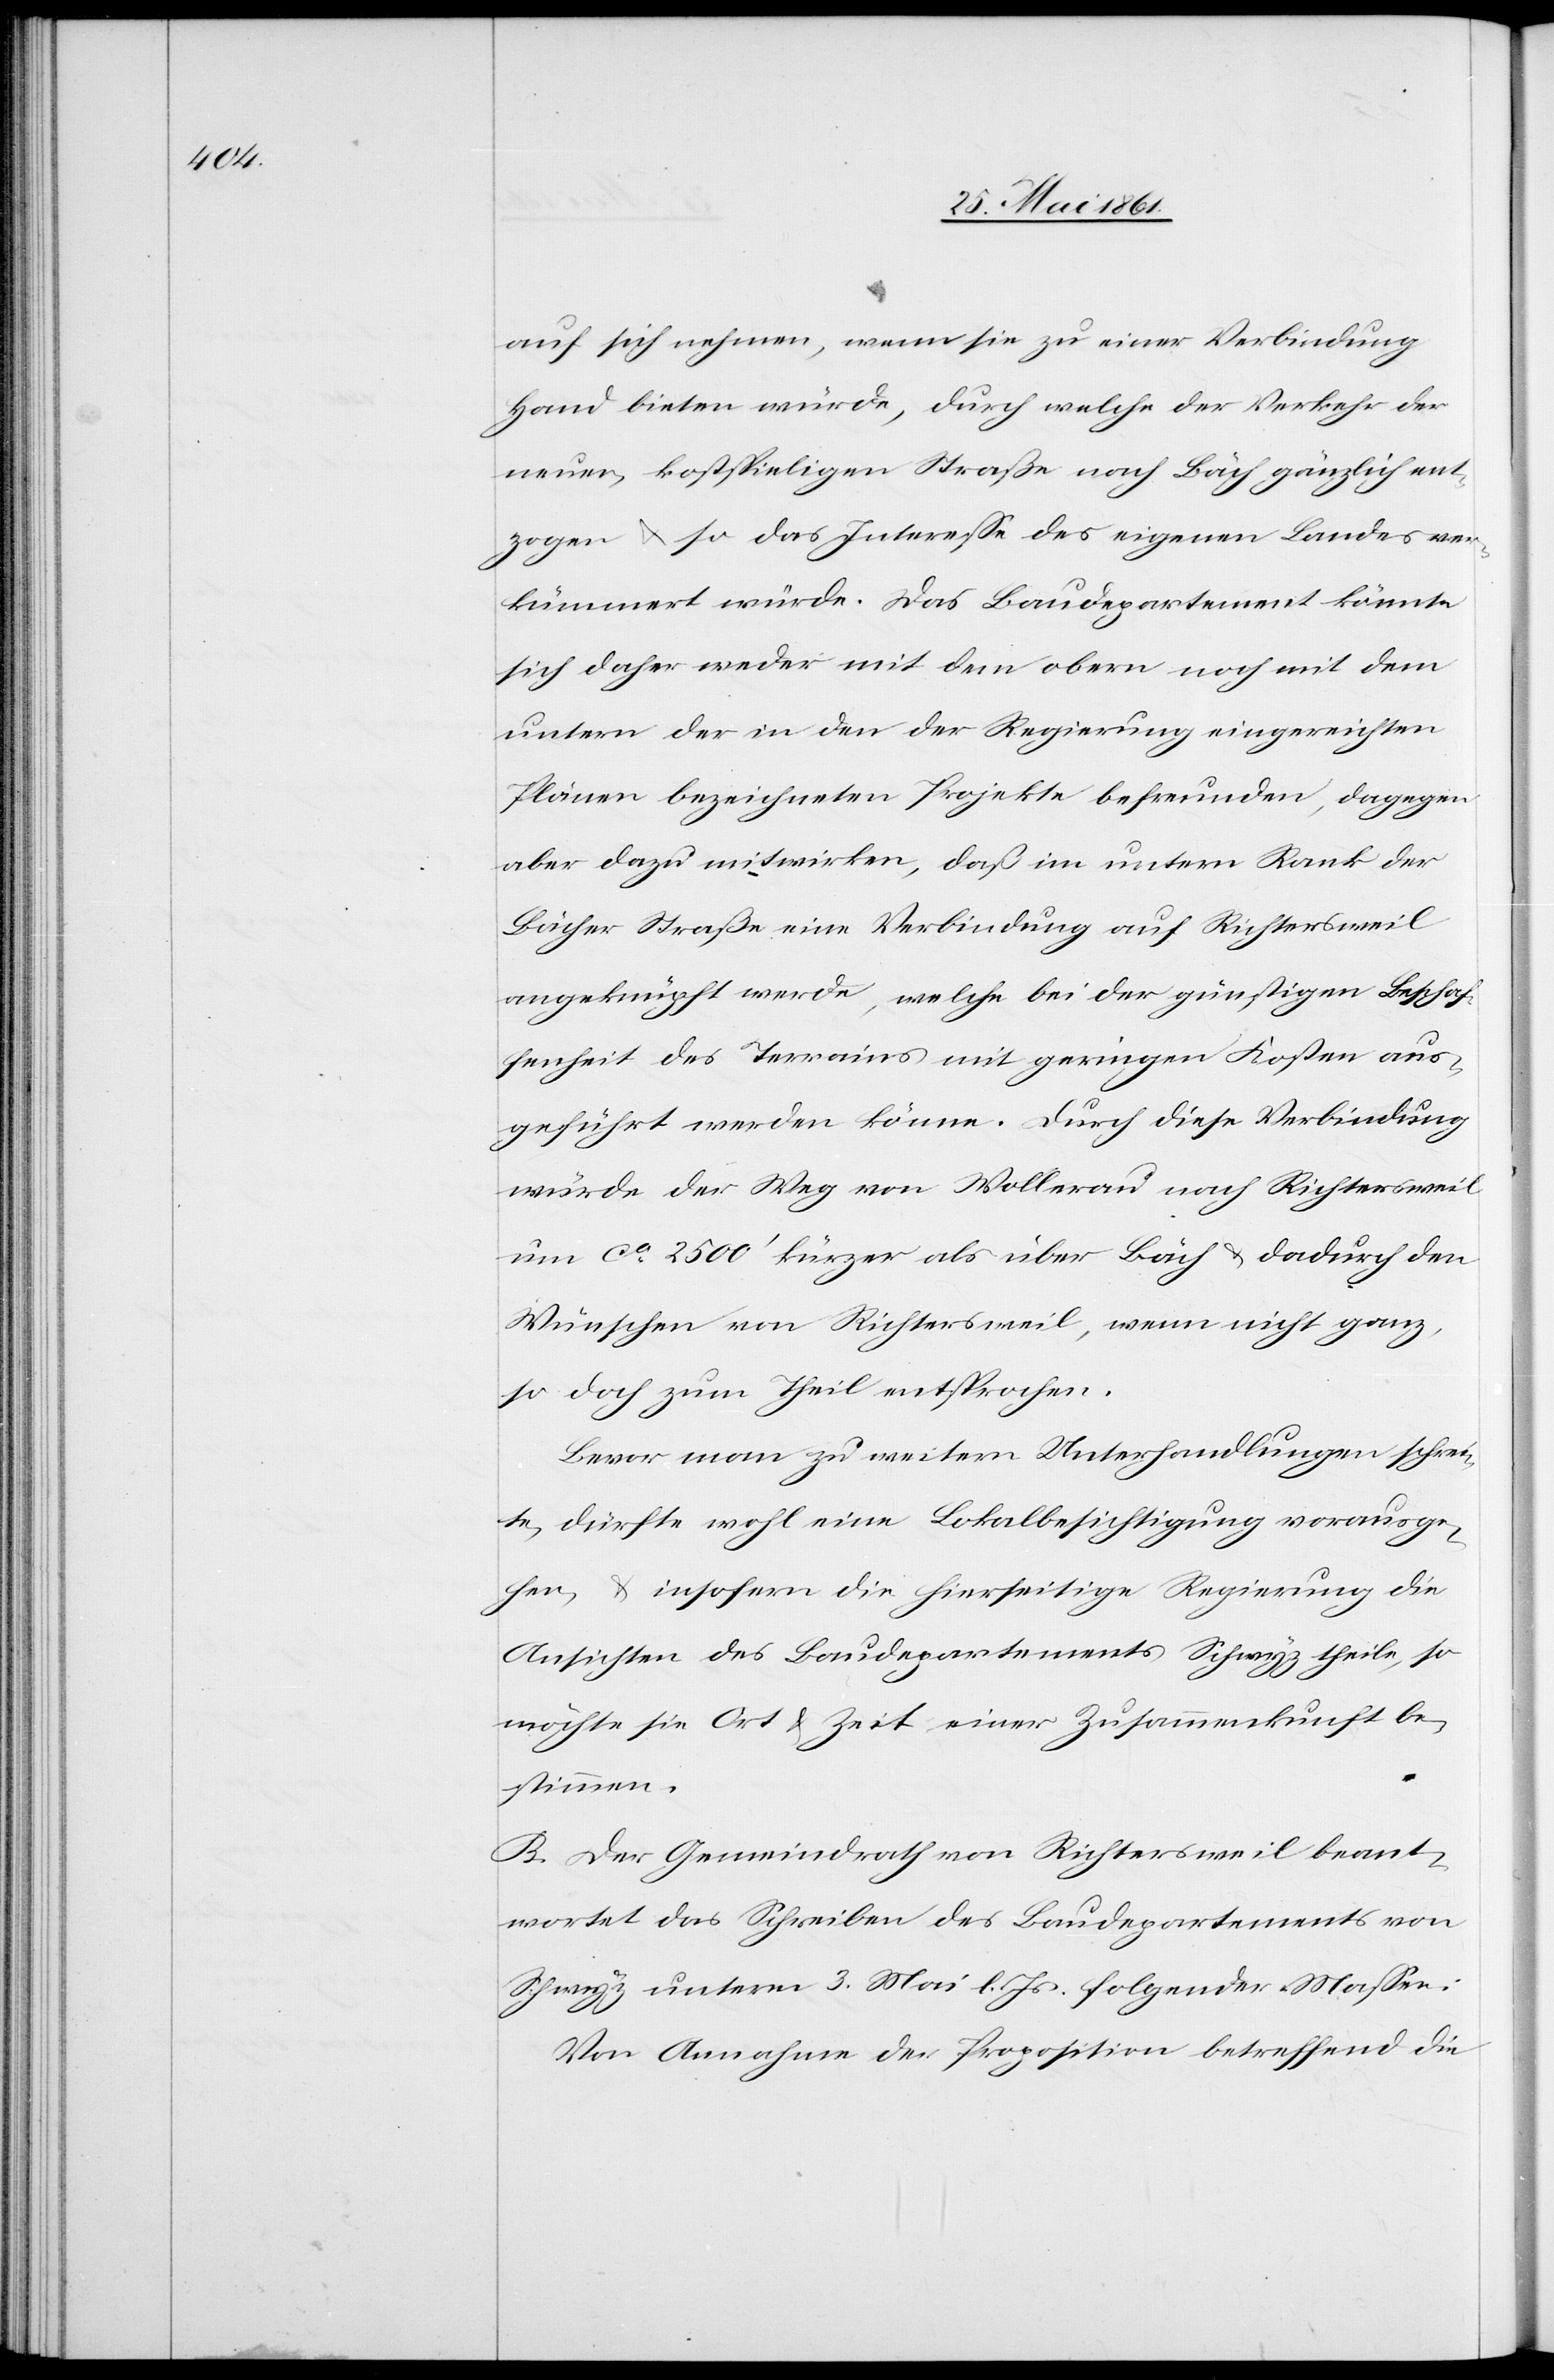
auf sich nehmen, wenn sie zu einer Verbindung
Hand bieten würde, durch welche der Verkehr der
neuen, kostspieligen Straße nach Bäch gänzlich ent¬
zogen u. so das Interesse des eigenen Landes ver¬
kümmert würde. Das Baudepartement könnte
sich daher weder mit dem obern noch mit dem
untern der in den der Regierung eingereichten
Plänen bezeichneten Projekte befreunden, dagegen
aber dazu mitwirken, daß im untern Rank der
Bächer Straße eine Verbindung auf Richtersweil
angeknüpft werde, welche bei der günstigen Beschaf¬
fenheit des Terrains mit geringen Kosten aus¬
geführt werden könne. Durch diese Verbindung
würde der Weg von Wollerau nach Richtersweil
um ca 2500’ kürzer als über Bäch u. dadurch den
Wünschen von Richtersweil, wenn nicht ganz,
so doch zum Theil entsprochen.
Bevor man zu weitern Unterhandlungen schrei¬
te, dürfte wohl eine Lokalbesichtigung vorausge¬
hen, insofern die hierseitige Regierung die
Ansichten des Baudepartements Schwyz theile, so
möchte sie Ort u. Zeit einer Zusammenkunft be¬
stimmen.
B. Der Gemeindrath von Richtersweil beant¬
wortet das Schreiben des Baudepartements von
Schwyz unterm 3. Mai l. Js. folgender Massen:
Von Annahme der Proposition betreffend die